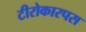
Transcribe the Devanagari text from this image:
टीरोकारपस